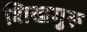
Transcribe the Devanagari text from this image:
शिखगुरू